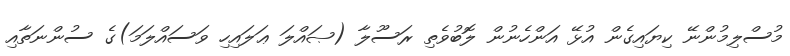
މުސްލިމުންނޭ ކިޔައިގެން އުޅޭ އަންހެނުން ލޮބުވެތި ރަސޫލާ (ޞައްލަ ޢަލައިހި ވަސައްލަމަ)ގެ ސުންނަތާއި